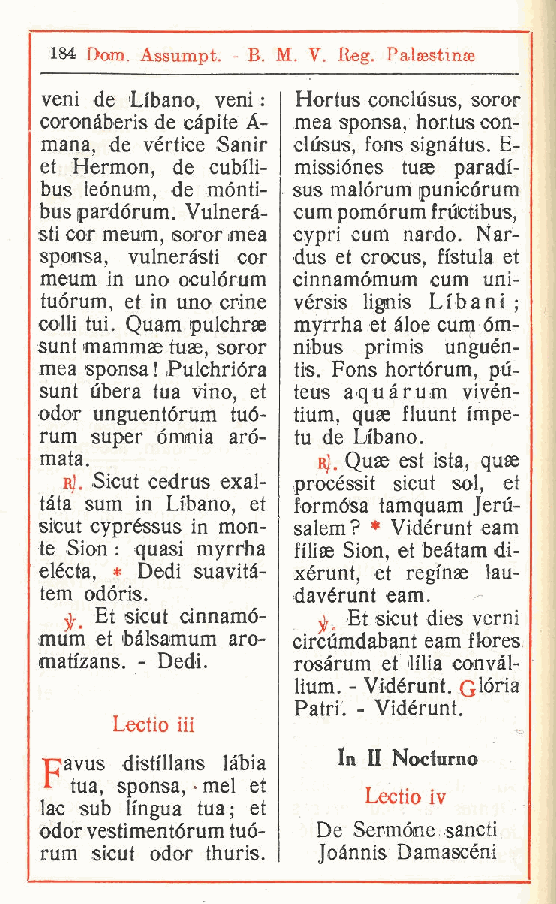
184 Dom Assumpt. - B. M. V. Reg. Palaestinse
 .
 veni de Libano veni : Hortus conclusus, soror
 ,
 coronàberis de càpite A- mea sponsa, hortus con-
 mana de vèrtice Sanir clusus, fons signàtus. E-
 ,
 et Hermon, de cubili- missiónes tuae paradi-
 bus leónum de mónti- sus malórum punicórum
 ,
 bus pardórum. Vulnera- cum pomórum frùctibus,
 sti cor meum, soror mea cypri cum nardo. Nar-
 sponsa, vulnerasti cor dus et crocus, fistula et
 meum in uno oculórum cinnamómum cum uni-
 tuórum, et in uno crine vérsis lignis Liba ni ;
 colli tui. Quam pulchrse myrrha et aloe cum om-
 sunt mammae tuae soror nibus primis unguén-
 ,
 mea sponsa ! Pulchrióra tis. Fons hortórum, pù-
 sunt ubera tua vino et teus aquàrum vivén-
 ,
 odor unguentórum tuó- tium, quae fluunt impe-
 rum super ómnia aró- tu de Libano.
 mata.             bJ. Quae est ista, quae
 n). Sicut cedrus exal- procéssit sicut sol, et
 tàta sum in Libano, et formósa tamquam Jeru-
 sicut cypréssus in mon- salem? * Vidérunt eam
 te Sion : quasi myrrha filiae Sion, et beàtam di-
 elécta, * Dedi suavità- xérunt, et reginae lau-
 tem odóris.     davérunt eam.
 Et sicut cinnamó- jj,. Et sicut dies verni
 mum et 'bàlsamum aro- circùmdabant eam flores
 matfzans. - Dedi. rosàrum et lilla convàl-
 lium. - Vidérunt. G'ória
 Patri. - Vidérunt.
 Lectio iii
 In II Nocturno
 rjavus distfllans làbia
 " tua, sponsa, . mei et
 Lectio iv
 lac sub lingua tua; et
 odor vestimentórum tuó- De Sermóne sancti
 rum sicut odor thuris. Joànnis Damascèni